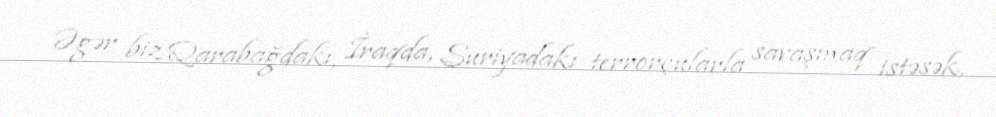
Əgər biz Qarabağdakı, İraqda, Suriyadakı terrorçularla savaşmaq istəsək,